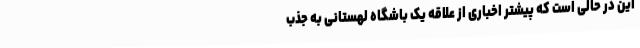
این در حالی است که پیشتر اخباری از علاقه یک باشگاه لهستانی به جذب